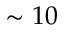
\sim 1 0